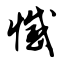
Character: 撼